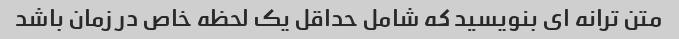
متن ترانه ای بنویسید که شامل حداقل یک لحظه خاص در زمان باشد